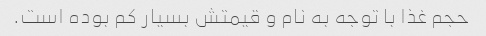
حجم غذا با توجه به نام و قیمتش بسیار کم بوده است.